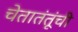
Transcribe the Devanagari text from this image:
चेतातंतूंची